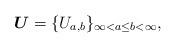
LaTeX: \begin{align*}\boldsymbol U=\{U_{a,b}\}_{\infty<a\le b<\infty},\end{align*}